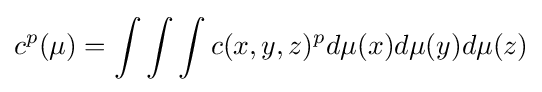
c^{p}(\mu )=\int \int \int c(x,y,z)^{p}d\mu (x)d\mu (y)d\mu (z)